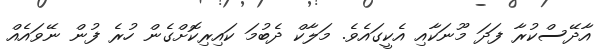
އާދޭސްކުރާ ފަދަ މޫނަކާއި އެކީގައެވެ. މަލާކް ދެބުމަ ކައިރިކޮށްގެން ހުރެ ފުން ނޭވައެއް